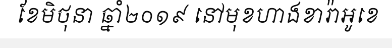
ខែមិថុនា ឆ្នាំ២០១៩ នៅមុខហាងខារ៉ាអូខេ